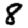
Digit: 8